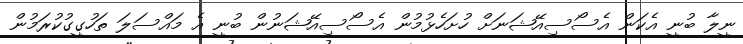
ނީލާ ބުނީ އެކަން އެސޯސިއޭޝަނަށް ހުށަހެޅުމުން އެސޯސިއޭޝަނުން ބުނީ އެ މައްސަލަ ތަހުގީގުކުރަމުން